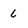
Character: 6